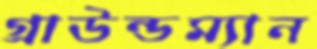
গ্রাউন্ডম্যান